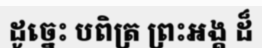
ដូច្នេះ បពិត្រ ព្រះអង្គ ដ៏